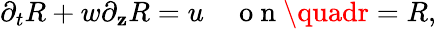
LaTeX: \partial_{{t}}R+{w}\partial_{\mathbf{z}}R={u}\quad\mathrm{{~o~n~}}\quadr=R,